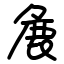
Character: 麁